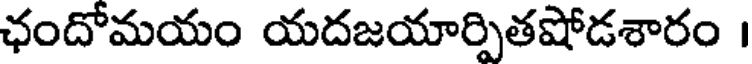
ఛందోమయం యదజయార్పితషోడశారం ।